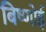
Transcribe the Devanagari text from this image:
बिष्णोई